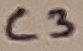
Text: C3